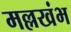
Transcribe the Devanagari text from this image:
मल्लखंभ